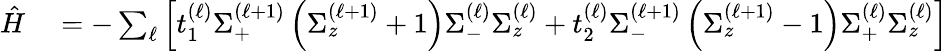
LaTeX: \begin{array}{rl}{\hat{H}}&{{}=-\sum_{\ell}\left[t_{1}^{(\ell)}\Sigma_{+}^{\left(\ell+1\right)}\left(\Sigma_{z}^{\left(\ell+1\right)}+1\right)\Sigma_{-}^{\left(\ell\right)}\Sigma_{z}^{\left(\ell\right)}+t_{2}^{(\ell)}\Sigma_{-}^{\left(\ell+1\right)}\left(\Sigma_{z}^{\left(\ell+1\right)}-1\right)\Sigma_{+}^{\left(\ell\right)}\Sigma_{z}^{\left(\ell\right)}\right]}\end{array}